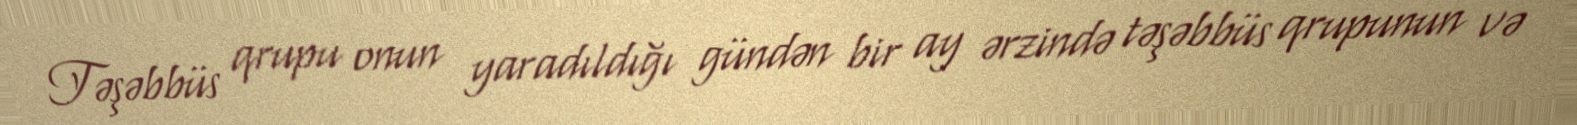
Təşəbbüs qrupu onun yaradıldığı gündən bir ay ərzində təşəbbüs qrupunun və